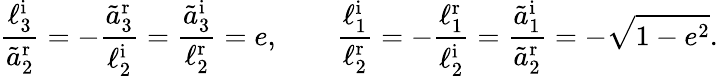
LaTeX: \frac{\ell_{3}^{\textrm{i}}}{\tilde{a}_{2}^{\textrm{r}}}=-\frac{\tilde{a}_{3}^{\textrm{r}}}{\ell_{2}^{\textrm{i}}}=\frac{\tilde{a}_{3}^{\textrm{i}}}{\ell_{2}^{\textrm{r}}}=e,\qquad\frac{\ell_{1}^{\textrm{i}}}{\ell_{2}^{\textrm{r}}}=-\frac{\ell_{1}^{\textrm{r}}}{\ell_{2}^{\textrm{i}}}=\frac{\tilde{a}_{1}^{\textrm{i}}}{\tilde{a}_{2}^{\textrm{r}}}=-\sqrt{1-e^{2}}.